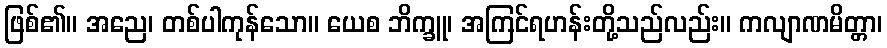
ဖြစ်၏။ အညေ၊ တစ်ပါကုန်သော။ ယေစ ဘိက္ခူ၊ အကြင်ရဟန်းတို့သည်လည်း။ ကလျာဏမိတ္တာ၊